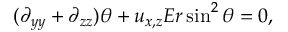
( \partial _ { y y } + \partial _ { z z } ) \theta + u _ { x , z } E r \sin ^ { 2 } \theta = 0 ,